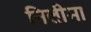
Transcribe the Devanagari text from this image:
निलीमा